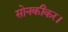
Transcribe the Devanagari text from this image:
सोनकीकर।